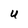
Character: U